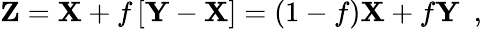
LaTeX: \mathbf{Z}=\mathbf{X}+f\left[\mathbf{Y}-\mathbf{X}\right]=\left(1-f\right)\mathbf{X}+f\mathbf{Y}\ \mathrm{~,~}